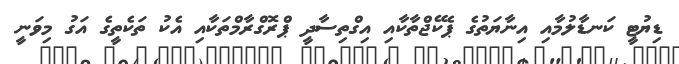
ޑިޔުޓީ ކަނޑާލުމާއި އިނާޔަތުގެ ޕެކޭޖްތާކާއި އިގްތިސާދީ ޕްރޮގްރާމްތަކާއި އެކު ތަކެތީގެ އަގު މިވަނީ